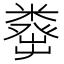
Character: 𥼈